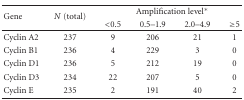
<table><thead><tr><td rowspan="2"><b>Gene</b></td><td rowspan="2"><b><i>N</i> (total)</b></td><td colspan="4"><b>Amplification level*</b></td></tr><tr><td><b> &lt;0.5</b></td><td><b>0.5–1.9</b></td><td><b>2.0–4.9</b></td><td><b> ≥5</b></td></tr></thead><tbody><tr><td>Cyclin A2</td><td>237</td><td>9</td><td>206</td><td>21</td><td>1</td></tr><tr><td>Cyclin B1</td><td>236</td><td>4</td><td>229</td><td>3</td><td>0</td></tr><tr><td>Cyclin D1</td><td>236</td><td>5</td><td>212</td><td>19</td><td>0</td></tr><tr><td>Cyclin D3</td><td>234</td><td>22</td><td>207</td><td>5</td><td>0</td></tr><tr><td>Cyclin E</td><td>235</td><td>2</td><td>191</td><td>40</td><td>2</td></tr></tbody></table>